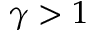
\gamma > 1